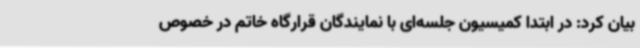
بیان کرد: در ابتدا کمیسیون جلسه‌ای با نمایندگان قرارگاه خاتم در خصوص